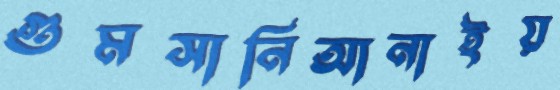
গুমসানিআনাইয়